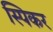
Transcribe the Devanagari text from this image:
स्पिकर